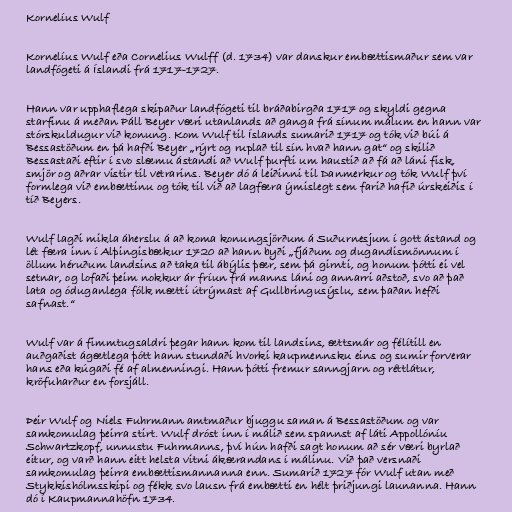
Kornelíus Wulf

Kornelíus Wulf eða Cornelius Wulff (d. 1734) var danskur embættismaður sem var
landfógeti á Íslandi frá 1717-1727.

Hann var upphaflega skipaður landfógeti til bráðabirgða 1717 og skyldi gegna
starfinu á meðan Páll Beyer væri utanlands að ganga frá sínum málum en hann var
stórskuldugur við konung. Kom Wulf til Íslands sumarið 1717 og tók við búi á
Bessastöðum en þá hafði Beyer „rýrt og ruplað til sín hvað hann gat“ og skilið
Bessastaði eftir í svo slæmu ástandi að Wulf þurfti um haustið að fá að láni fisk,
smjör og aðrar vistir til vetrarins. Beyer dó á leiðinni til Danmerkur og tók Wulf því
formlega við embættinu og tók til við að lagfæra ýmislegt sem farið hafið úrskeiðis í
tíð Beyers.

Wulf lagði mikla áherslu á að koma konungsjörðum á Suðurnesjum í gott ástand og
lét færa inn í Alþingisbækur 1720 að hann byði „fjáðum og dugandismönnum í
öllum héruðum landsins að taka til ábýlis þær, sem þá girnti, og honum þótti ei vel
setnar, og lofaði þeim nokkur ár fríun frá manns láni og annarri aðstoð, svo að það
lata og óduganlega fólk mætti útrýmast af Gullbringusýslu, sem þaðan hefði
safnast.“

Wulf var á fimmtugsaldri þegar hann kom til landsins, ættsmár og félítill en
auðgaðist ágætlega þótt hann stundaði hvorki kaupmennsku eins og sumir forverar
hans eða kúgaði fé af almenningi. Hann þótti fremur sanngjarn og réttlátur,
kröfuharður en forsjáll.

Þeir Wulf og Niels Fuhrmann amtmaður bjuggu saman á Bessastöðum og var
samkomulag þeirra stirt. Wulf dróst inn í málið sem spannst af láti Appollóníu
Schwartzkopf, unnustu Fuhrmanns, því hún hafði sagt honum að sér væri byrlað
eitur, og varð hann eitt helsta vitni ákærandans í málinu. Við það versnaði
samkomulag þeirra embættismannanna enn. Sumarið 1727 fór Wulf utan með
Stykkishólmsskipi og fékk svo lausn frá embætti en hélt þriðjungi launanna. Hann
dó í Kaupmannahöfn 1734.